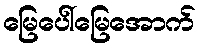
မြေပေါ်မြေအောက်